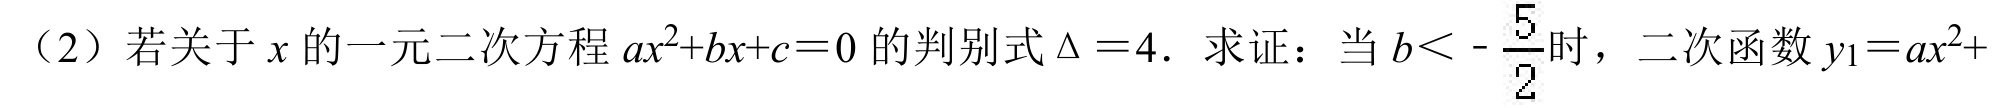
（2）若关于 \(x\) 的一元二次方程 \(ax^{2}+bx + c = 0\) 的判别式 \(\Delta = 4\). 求证：当 \(b < -\frac{5}{2}\) 时，二次函数 \(y_{1}=ax^{2}+\)